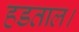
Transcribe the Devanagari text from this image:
हडताल।